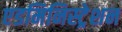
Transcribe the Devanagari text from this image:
एडमिनिस्‍ट्रेशन